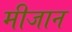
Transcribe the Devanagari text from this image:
मीजान